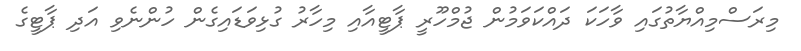
މިރަސްމިއްޔާތުގައި ވާހަކަ ދައްކަވަމުން ޖުމްހޫރީ ޕާޓީއާއި މިހާރު ގުޅިވަޑައިގެން ހުންނެވި އަދި ޕާޓީގެ